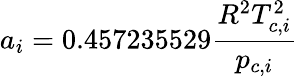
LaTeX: a_{i}=0.457235529\frac{R^{2}T_{c,i}^{2}}{p_{c,i}}